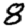
Digit: 8